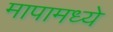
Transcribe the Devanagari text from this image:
मापामध्ये